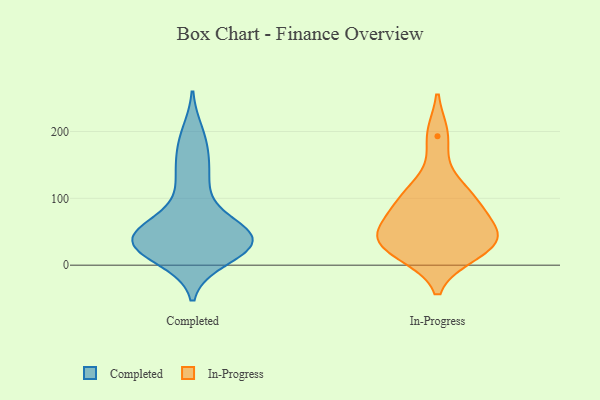
{"axis": {"x": "Headcount", "y": "Value"}, "legend": ["Completed", "In-Progress"], "data": [{"x": "", "y": 54, "type": "Completed"}, {"x": "", "y": 178, "type": "Completed"}, {"x": "", "y": 52, "type": "Completed"}, {"x": "", "y": 143, "type": "Completed"}, {"x": "", "y": 21, "type": "Completed"}, {"x": "", "y": 132, "type": "Completed"}, {"x": "", "y": 40, "type": "Completed"}, {"x": "", "y": 37, "type": "Completed"}, {"x": "", "y": 196, "type": "Completed"}, {"x": "", "y": 11, "type": "Completed"}, {"x": "", "y": 50, "type": "Completed"}, {"x": "", "y": 37, "type": "Completed"}, {"x": "", "y": 37, "type": "Completed"}, {"x": "", "y": 27, "type": "Completed"}, {"x": "", "y": 36, "type": "Completed"}, {"x": "", "y": 97, "type": "Completed"}, {"x": "", "y": 29, "type": "Completed"}, {"x": "", "y": 62, "type": "In-Progress"}, {"x": "", "y": 46, "type": "In-Progress"}, {"x": "", "y": 116, "type": "In-Progress"}, {"x": "", "y": 193, "type": "In-Progress"}, {"x": "", "y": 33, "type": "In-Progress"}, {"x": "", "y": 91, "type": "In-Progress"}, {"x": "", "y": 96, "type": "In-Progress"}, {"x": "", "y": 19, "type": "In-Progress"}, {"x": "", "y": 30, "type": "In-Progress"}, {"x": "", "y": 37, "type": "In-Progress"}]}